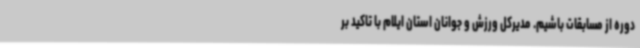
دوره از مسابقات باشیم. مدیرکل ورزش و جوانان استان ایلام با تاکید بر